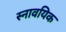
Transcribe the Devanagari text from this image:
स्नावयिक